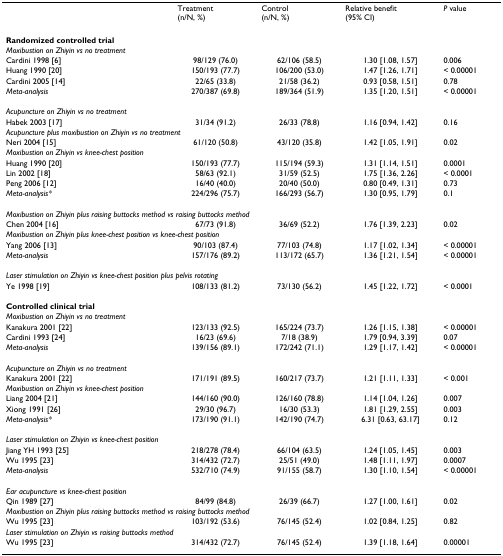
<table><thead><tr><td></td><td><b>Treatment(n/N, %)</b></td><td><b>Control(n/N, %)</b></td><td><b>Relative benefit (95% CI)</b></td><td><b><i>P </i>value</b></td></tr></thead><tbody><tr><td><b>Randomized controlled trial</b></td><td></td><td></td><td></td><td></td></tr><tr><td colspan="5"><i>Moxibustion on Zhiyin vs no treatment</i></td></tr><tr><td>Cardini 1998 [6]</td><td>98/129 (76.0)</td><td>62/106 (58.5)</td><td>1.30 [1.08, 1.57]</td><td>0.006</td></tr><tr><td>Huang 1990 [20]</td><td>150/193 (77.7)</td><td>106/200 (53.0)</td><td>1.47 [1.26, 1.71]</td><td>&lt; 0.00001</td></tr><tr><td>Cardini 2005 [14]</td><td>22/65 (33.8)</td><td>21/58 (36.2)</td><td>0.93 [0.58, 1.51]</td><td>0.78</td></tr><tr><td><i>Meta-analysis</i></td><td>270/387 (69.8)</td><td>189/364 (51.9)</td><td>1.35 [1.20, 1.51]</td><td>&lt; 0.00001</td></tr><tr><td colspan="5"><i>Acupuncture on Zhiyin vs no treatment</i></td></tr><tr><td>Habek 2003 [17]</td><td>31/34 (91.2)</td><td>26/33 (78.8)</td><td>1.16 [0.94, 1.42]</td><td>0.16</td></tr><tr><td colspan="5"><i>Acupuncture plus moxibustion on Zhiyin vs no treatment</i></td></tr><tr><td>Neri 2004 [15]</td><td>61/120 (50.8)</td><td>43/120 (35.8)</td><td>1.42 [1.05, 1.91]</td><td>0.02</td></tr><tr><td colspan="5"><i>Moxibustion on Zhiyin vs knee-chest position</i></td></tr><tr><td>Huang 1990 [20]</td><td>150/193 (77.7)</td><td>115/194 (59.3)</td><td>1.31 [1.14, 1.51]</td><td>0.0001</td></tr><tr><td>Lin 2002 [18]</td><td>58/63 (92.1)</td><td>31/59 (52.5)</td><td>1.75 [1.36, 2.26]</td><td>&lt; 0.0001</td></tr><tr><td>Peng 2006 [12]</td><td>16/40 (40.0)</td><td>20/40 (50.0)</td><td>0.80 [0.49, 1.31]</td><td>0.73</td></tr><tr><td><i>Meta-analysis*</i></td><td>224/296 (75.7)</td><td>166/293 (56.7)</td><td>1.30 [0.95, 1.79]</td><td>0.1</td></tr><tr><td colspan="5"><i>Moxibustion on Zhiyin plus raising buttocks method vs raising buttocks method</i></td></tr><tr><td>Chen 2004 [16]</td><td>67/73 (91.8)</td><td>36/69 (52.2)</td><td>1.76 [1.39, 2.23]</td><td>0.02</td></tr><tr><td colspan="5"><i>Moxibustion on Zhiyin plus knee-chest position vs knee-chest position</i></td></tr><tr><td>Yang 2006 [13]</td><td>90/103 (87.4)</td><td>77/103 (74.8)</td><td>1.17 [1.02, 1.34]</td><td>&lt; 0.00001</td></tr><tr><td><i>Meta-analysis</i></td><td>157/176 (89.2)</td><td>113/172 (65.7)</td><td>1.36 [1.21, 1.54]</td><td>&lt; 0.00001</td></tr><tr><td colspan="5"><i>Laser stimulation on Zhiyin vs knee-chest position plus pelvis rotating</i></td></tr><tr><td>Ye 1998 [19]</td><td>108/133 (81.2)</td><td>73/130 (56.2)</td><td>1.45 [1.22, 1.72]</td><td>&lt; 0.0001</td></tr><tr><td><b>Controlled clinical trial</b></td><td></td><td></td><td></td><td></td></tr><tr><td colspan="5"><i>Moxibustion on Zhiyin vs no treatment</i></td></tr><tr><td>Kanakura 2001 [22]</td><td>123/133 (92.5)</td><td>165/224 (73.7)</td><td>1.26 [1.15, 1.38]</td><td>&lt; 0.00001</td></tr><tr><td>Cardini 1993 [24]</td><td>16/23 (69.6)</td><td>7/18 (38.9)</td><td>1.79 [0.94, 3.39]</td><td>0.07</td></tr><tr><td><i>Meta-analysis</i></td><td>139/156 (89.1)</td><td>172/242 (71.1)</td><td>1.29 [1.17, 1.42]</td><td>&lt; 0.00001</td></tr><tr><td colspan="5"><i>Acupuncture on Zhiyin vs no treatment</i></td></tr><tr><td>Kanakura 2001 [22]</td><td>171/191 (89.5)</td><td>160/217 (73.7)</td><td>1.21 [1.11, 1.33]</td><td>&lt; 0.001</td></tr><tr><td colspan="5"><i>Moxibustion on Zhiyin vs knee-chest position</i></td></tr><tr><td>Liang 2004 [21]</td><td>144/160 (90.0)</td><td>126/160 (78.8)</td><td>1.14 [1.04, 1.26]</td><td>0.007</td></tr><tr><td>Xiong 1991 [26]</td><td>29/30 (96.7)</td><td>16/30 (53.3)</td><td>1.81 [1.29, 2.55]</td><td>0.003</td></tr><tr><td><i>Meta-analysis*</i></td><td>173/190 (91.1)</td><td>142/190 (74.7)</td><td>6.31 [0.63, 63.17]</td><td>0.12</td></tr><tr><td colspan="5"><i>Laser stimulation on Zhiyin vs knee-chest position</i></td></tr><tr><td>Jiang YH 1993 [25]</td><td>218/278 (78.4)</td><td>66/104 (63.5)</td><td>1.24 [1.05, 1.45]</td><td>0.003</td></tr><tr><td>Wu 1995 [23]</td><td>314/432 (72.7)</td><td>25/51 (49.0)</td><td>1.48 [1.11, 1.97]</td><td>0.0007</td></tr><tr><td><i>Meta-analysis</i></td><td>532/710 (74.9)</td><td>91/155 (58.7)</td><td>1.30 [1.10, 1.54]</td><td>&lt; 0.00001</td></tr><tr><td colspan="5"><i>Ear acupuncture vs knee-chest position</i></td></tr><tr><td>Qin 1989 [27]</td><td>84/99 (84.8)</td><td>26/39 (66.7)</td><td>1.27 [1.00, 1.61]</td><td>0.02</td></tr><tr><td colspan="5"><i>Moxibustion on Zhiyin plus raising buttocks method vs raising buttocks method</i></td></tr><tr><td>Wu 1995 [23]</td><td>103/192 (53.6)</td><td>76/145 (52.4)</td><td>1.02 [0.84, 1.25]</td><td>0.82</td></tr><tr><td colspan="5"><i>Laser stimulation on Zhiyin vs raising buttocks method</i></td></tr><tr><td>Wu 1995 [23]</td><td>314/432 (72.7)</td><td>76/145 (52.4)</td><td>1.39 [1.18, 1.64]</td><td>0.00001</td></tr></tbody></table>